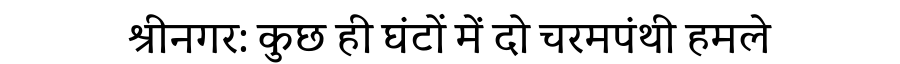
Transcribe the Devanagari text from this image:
श्रीनगर: कुछ ही घंटों में दो चरमपंथी हमले